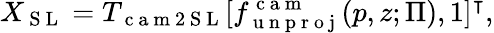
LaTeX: X_{\mathrm{~S~L~}}=T_{\mathrm{~c~a~m~2~S~L~}}[f_{\mathrm{~u~n~p~r~o~j~}}^{\mathrm{~c~a~m~}}(p,z;\Pi),1]^{\intercal},